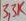
Text: 3,3K